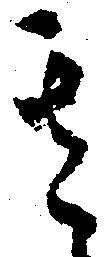
其